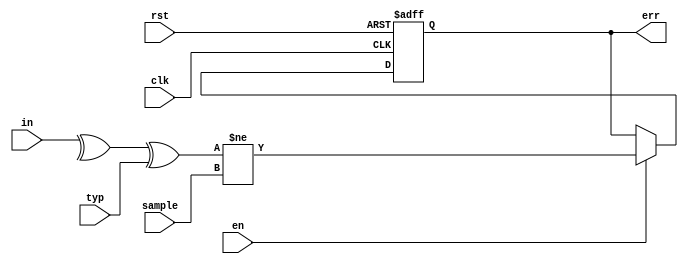
module parity_check #
(
  parameter DATA_WIDTH = 8
)
(
  input  wire                  clk,
  input  wire                  rst,

  input  wire                  en,
  input  wire                  typ,
  
  input  wire                  sample,
  input  wire [DATA_WIDTH-1:0] in,
  
  output reg                   err  
);

  always @ (posedge clk or negedge rst)
    begin
      if (!rst)
        err <= 0;
      else if (en)
        err <= ((^ in ^ typ) != sample);
    end
endmodule